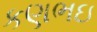
કણભઇ